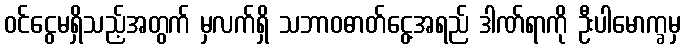
ဝင်ငွေမရှိသည့်အတွက် မှလက်ရှိ သဘာဝဓာတ်ငွေ့အရည် ဒါဏ်ရာကို ဦးပါမောက္ခမှ